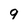
Character: 9